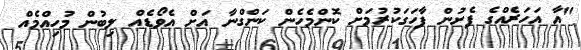
"އާ އަހަރެއްގެ ފެށުން ފާހަގަކުރުމަށް ކޮންމެހެން ކަންގްނާ އަށް އެވޯޑެއް ލިބުން މުހިއްމެއް